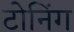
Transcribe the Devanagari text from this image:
टोनिंग